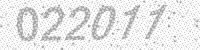
Solution: 022011